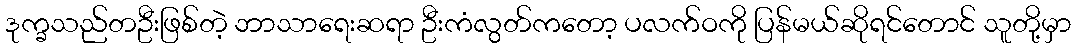
ဒုက္ခသည်တဦးဖြစ်တဲ့ ဘာသာရေးဆရာ ဦးကံလွတ်ကတော့ ပလက်ဝကို ပြန်မယ်ဆိုရင်တောင် သူတို့မှာ